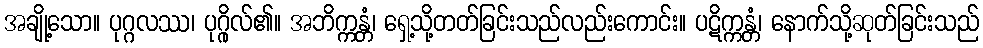
အချို့သော။ ပုဂ္ဂလဿ၊ ပုဂ္ဂိုလ်၏။ အဘိက္ကန္တံ၊ ရှေ့သို့တတ်ခြင်းသည်လည်းကောင်း။ ပဋိက္ကန္တံ၊ နောက်သို့ဆုတ်ခြင်းသည်